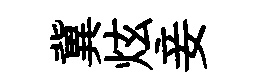
冀炫妾